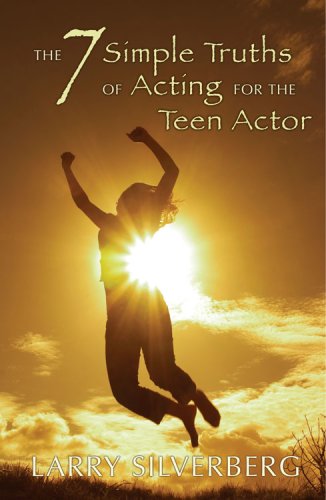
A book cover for The 7 Simple Truths of Acting for the Teen Actor (Young Actors); Larry Silverberg; Teen & Young Adult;